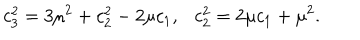
c _ { 3 } ^ { 2 } = 3 \mu ^ { 2 } + c _ { 2 } ^ { 2 } - 2 \mu c _ { 1 } , c _ { 2 } ^ { 2 } = 2 \mu c _ { 1 } + \mu ^ { 2 } .